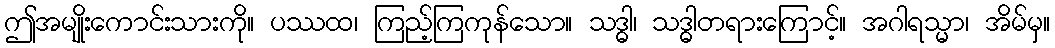
ဤအမျိုးကောင်းသားကို။ ပဿထ၊ ကြည့်ကြကုန်သော။ သဒ္ဓါ၊ သဒ္ဓါတရားကြောင့်။ အဂါရသ္မာ၊ အိမ်မှ။